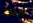
هناك